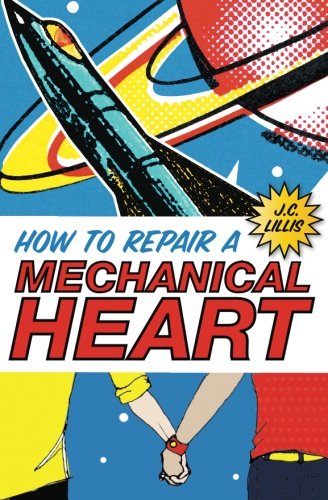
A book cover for How to Repair a Mechanical Heart; J.C. Lillis; Teen & Young Adult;